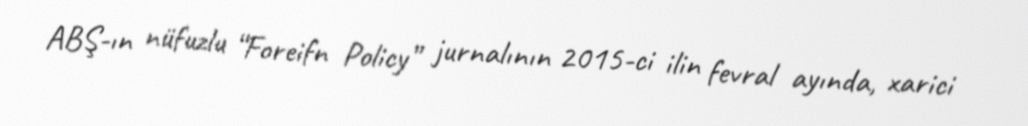
ABŞ-ın nüfuzlu “Foreifn Policy” jurnalının 2015-ci ilin fevral ayında, xarici